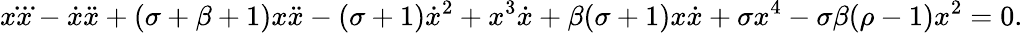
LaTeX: x\dddot{x}-\dot{x}\ddot{x}+(\sigma+\beta+1)x\ddot{x}-(\sigma+1)\dot{x}^{2}+x^{3}\dot{x}+\beta(\sigma+1)x\dot{x}+\sigma x^{4}-\sigma\beta(\rho-1)x^{2}=0.